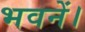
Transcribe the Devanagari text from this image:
भवनें।